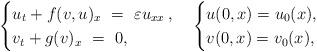
LaTeX: \begin{align*} \begin{cases} u_t + f(v,u)_x~=~\varepsilon u_{xx}\,,\\ v_t + g(v)_x ~=~ 0, \end{cases} \begin{cases} u(0,x)=u_0(x),\\ v(0,x)=v_0(x), \end{cases}\end{align*}